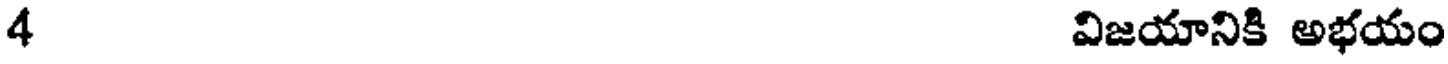
4 విజయానికి అభయం